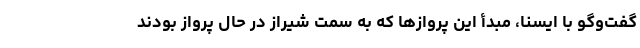
گفت‌وگو با ایسنا، مبدأ این پروازها که به سمت شیراز در حال پرواز بودند